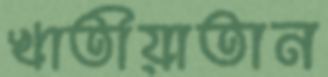
খাতীয়াতান